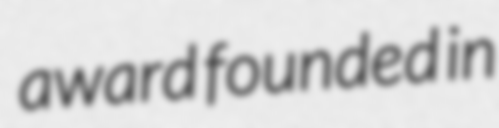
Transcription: award founded in